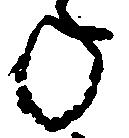
ね